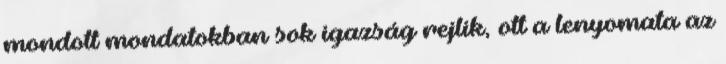
mondott mondatokban sok igazság rejlik, ott a lenyomata az